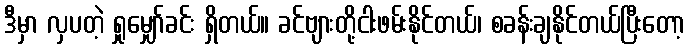
ဒီမှာ လှပတဲ့ ရှုမျှော်ခင်း ရှိတယ်။ ခင်ဗျားတို့ငါးဖမ်းနိုင်တယ်၊ စခန်းချနိုင်တယ်ပြီးတော့